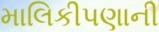
માલિકીપણાની